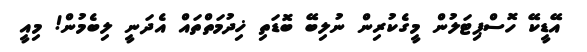
އޭޑީކޭ ހޮސްޕިޓަލުން މީގެކުރިން ނުލިބޭ ބޮޑަތި ޚިދުމަތްތައް އެދަނީ ލިބެމުން! މިއީ